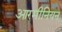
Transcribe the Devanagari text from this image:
आरमीनियन